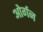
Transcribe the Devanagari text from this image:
ओर्गन